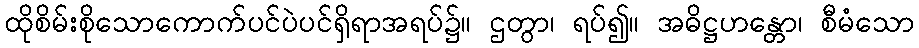
ထိုစိမ်းစိုသောကောက်ပင်ပဲပင်ရှိရာအရပ်၌။ ဌတွာ၊ ရပ်၍။ အဓိဋ္ဌဟန္တော၊ စီမံသော